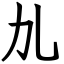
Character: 劜